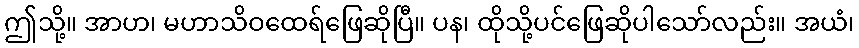
ဤသို့။ အာဟ၊ မဟာသိဝထေရ်ဖြေဆိုပြီ။ ပန၊ ထိုသို့ပင်ဖြေဆိုပါသော်လည်း။ အယံ၊